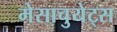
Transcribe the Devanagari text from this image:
मेसाचुयेट्स